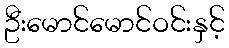
ဦးမောင်မောင်ဝင်းနှင့်